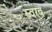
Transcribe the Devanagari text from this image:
स्वरव